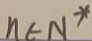
n \in N ^ { \ast }